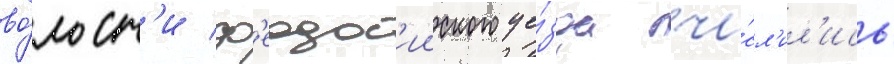
во́лост'и ф'еодос'ииского уе́зда чи́сл'ил'ись